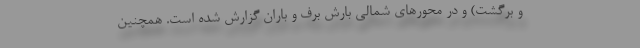
و برگشت) و در محورهای شمالی بارش برف و باران گزارش شده است. همچنین